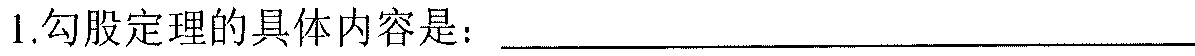
1.勾股定理的具体内容是：______________________________